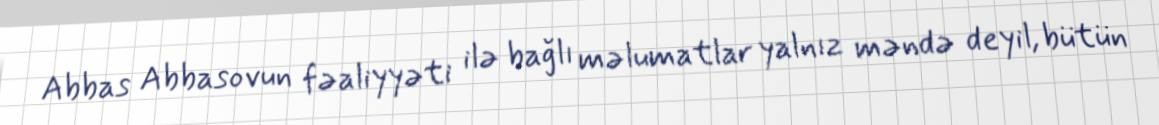
Abbas Abbasovun fəaliyyəti ilə bağlı məlumatlar yalnız məndə deyil, bütün